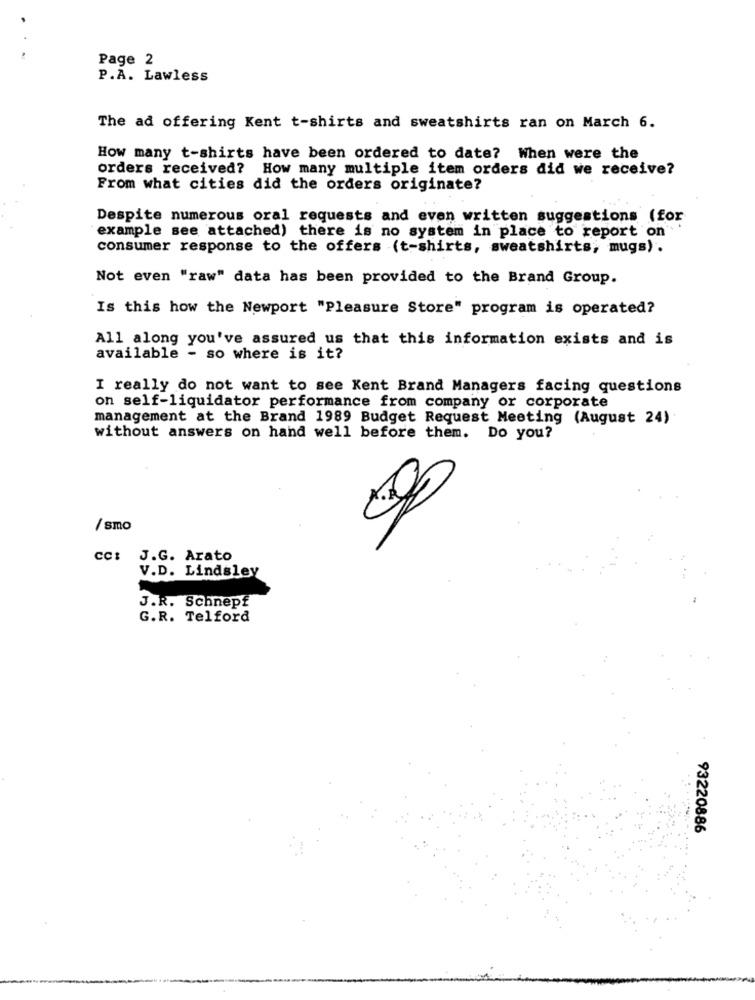
Page 2
P.A. Lawless
The ad offering Kent t-shirts and sweatshirts ran on March 6.
How many t-shirts have been ordered to date? When were the
orders received? How many multiple item orders did we receive?
From what cities did the orders originate?
Despite numerous oral requests and even written suggestions (for
example see attached) there is no system in place to report on
consumer response to the offers (t-shirts, sweatshirts, mugs) .
Not even "raw" data has been provided to the Brand Group.
Is this how the Newport "Pleasure Store" program is operated?
All along you've assured us that this information exists and is
available - so where is it?
I really do not want to see Kent Brand Managers facing questions
on self-liquidator performance from company or corporate
management at the Brand 1989 Budget Request Meeting (August 24)
without answers on hand well before them. Do you?
/ smo
cc: J.G. Arato
V.D. Lindsley
J.R. Schnepf
G.R. Telford
93220886